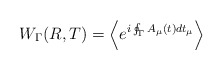
\begin{align*}W _{ \Gamma } ( R , T ) = \left\langle e ^{i \oint _{\Gamma} A _{\mu} (t) d t _{\mu} } \right\rangle\end{align*}